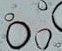
جواز